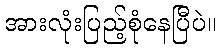
အားလုံးပြည့်စုံနေပြီပဲ။